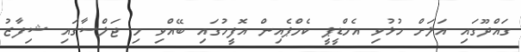
ގައްދޫގައި އަލަށް ހުޅުވި އެމްޑީޕީ ކެމްޕެއިން އޮފީހުގައި ބޭއްވި މި ޖަލްސާގައި ޝިފާޒު